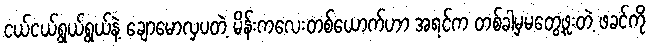
ငယ်ငယ်ရွယ်ရွယ်နဲ့ ချောမောလှပတဲ့ မိန်းကလေးတစ်ယောက်ဟာ အရင်က တစ်ခါမှမတွေ့ဖူးတဲ့ ဖခင်ကို